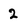
Character: 2